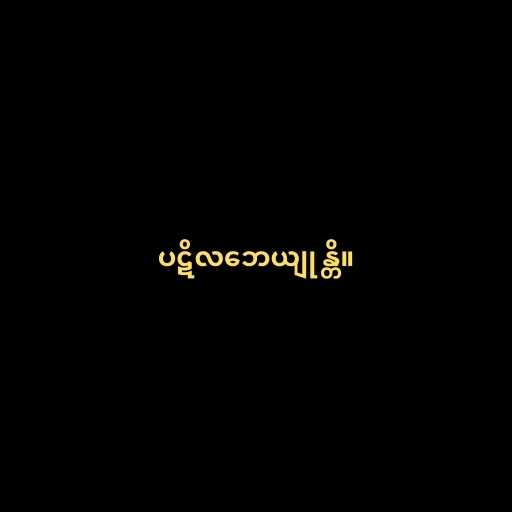
ပဋိလဘေယျုန္တိ။